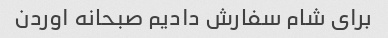
برای شام سفارش دادیم صبحانه اوردن